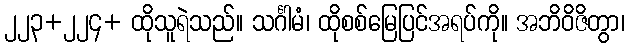
၂၂၃+၂၂၄+ ထိုသူရဲသည်။ သင်္ဂါမံ၊ ထိုစစ်မြေပြင်အရပ်ကို။ အဘိဝိဇိတွာ၊